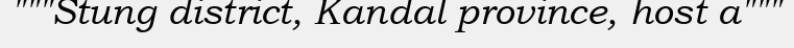
"""Stung district, Kandal province, host a"""